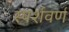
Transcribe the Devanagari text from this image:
स्पर्शवर्ण